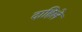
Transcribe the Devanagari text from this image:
दाहिले